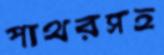
পাথরসহ